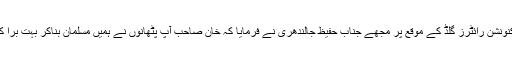
’’کنونشن رائٹرز گلڈ کے موقع پر مجھے جناب حفیظ جالندھری نے فرمایا کہ خان صاحب آپ پٹھانوں نے ہمیں مسلمان بناکر بہت برا کیا۔